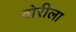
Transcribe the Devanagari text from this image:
बोरीला